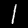
Label: 1